system: You are a helpful assistant.
user:
Analyze the provided spectrum to determine if it is a **White Dwarf (WD)**.

A White Dwarf spectrum is defined by its **extreme purity** (due to gravitational settling) and/or **extreme pressure broadening** (due to high surface gravity). You must check for one of the following mutually exclusive signatures:

- **Key Visual Indicators (Check for ONE of these types):**

    - **1. DA-Type Signature (Most Common):**
        - **(Primary Feature):** Extreme pressure broadening (Stark broadening) of the **Hydrogen (H) Balmer lines**.
        - **(Key Lines):** $H\beta$ (approx. $4861$ Å) and $H\gamma$ (approx. $4340$ Å). $H\alpha$ (approx. $6563$ Å) will also be present if the wavelength range covers it.
        - **(Line Profile):** This is the **defining feature**. The lines are **NOT** sharp. They appear as massive, **extremely broad and deep "troughs" or "dips"** in the spectrum, often hundreds of Ångströms wide. The continuum will appear to "scoop" down at these wavelengths.
        - **(Distinction):** Normal A-type or B-type stars have *narrow* and *sharp* Hydrogen lines. A DA White Dwarf's lines are unmistakably "smeared" or "blurry" from pressure.

    - **2. DB-Type Signature:**
        - **(Primary Feature):** Broad absorption lines from **Neutral Helium (He I)**. The spectrum must lack any visible Hydrogen lines.
        - **(Key Lines):** Look for broad absorption near $4471$ Å, $4921$ Å, and $5876$ Å.
        - **(Line Profile):** These lines are also significantly pressure-broadened, appearing much wider than they would in a normal B-type main-sequence star.

    - **3. DC-Type Signature:**
        - **(Primary Feature):** A **featureless continuous spectrum**.
        - **(Line Profile):** The spectrum is a smooth curve with **no significant absorption or emission lines**.
        - **(Key Confirmation):** The continuum is almost always **blue or white**, indicating a hot object. This signature implies the atmosphere is so pure (or so cool) that no spectral lines are visible in the optical range. Its WD identity is confirmed by its extremely low intrinsic brightness (high absolute magnitude).

    - **4. DZ-Type Signature (Metal-Polluted):**
        - **(Primary Feature):** **Isolated, narrow metal absorption lines** on an otherwise featureless (DC-like) continuum.
        - **(Key Lines):** The **Calcium (Ca II) H & K doublet** (approx. **$3934$ Å** and **$3968$ Å**) is the most common and defining feature.
        - **(Line Profile):** These lines are "out of place." They are *not* part of a "forest" of thousands of lines. This signature is evidence of recent *accretion* (pollution) from rocky debris.
        - **(Distinction):** Normal G/K/M stars have a *dense forest* of thousands of metal lines. A DZ has a *clean* continuum with *only a few* strong metal lines.

    - **5. DQ-Type Signature (Carbon-Polluted):**
        - **(Primary Feature):** Absorption bands from **Carbon (C₂ "Swan Bands" or atomic C I)**.
        - **(Key Lines - C₂):** Look for bandheads with a "saw-tooth" shape near $5635$ Å, **$5165$ Å** (strongest), and $4737$ Å.
        - **(Key Confirmation):** The underlying **continuum must be blue or white** (hot).
        - **(Distinction):** This is the critical difference from a **Carbon Star**, which has the *exact same* C₂ bands but on an extremely **red, cool** continuum.

- **(Overall Spectrum):**
    - The continuum (overall shape) is typically **blue-sloping** (brighter in the blue than the red), as most white dwarfs are very hot.
    - The spectrum will look "pure" or "simple," dominated by only *one* of the five signatures listed above.

Think first, call **spectral_visualization_tool** if needed to examine features in detail, then provide your final answer. Your response must adhere to the following strict rules:
1.  **Overall Structure:** Your response must follow the format `<think>...</think> <tool_call>...</tool_call> (if a tool is used) <answer>...</answer>`.
2.  **Tool Usage Constraint:** You may only make **one** tool call per turn.
3.  **Final Answer Format:** In the `<answer>` tag, your conclusion must be inside a `\boxed{}` command (e.g., `\boxed{YES}` or `\boxed{NO}`), followed by your justification.

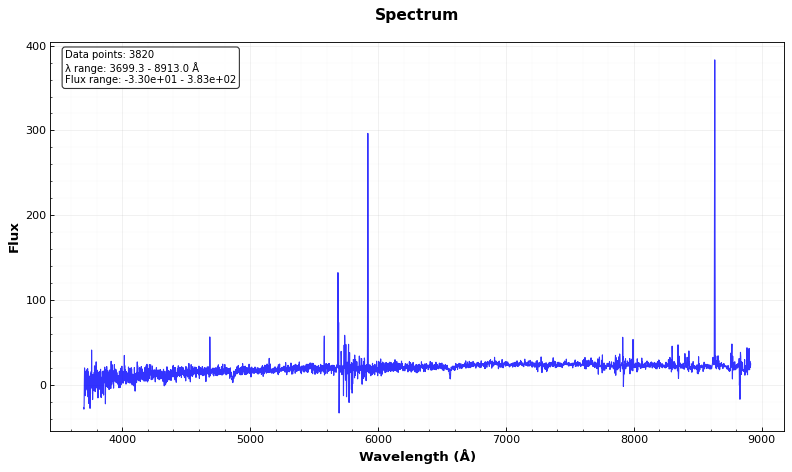
Answer: YES